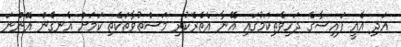
އަދި އެއީ ފައިސާގެ ދަހިވެތިކަމުގައި އޭނާ އެތެރެކުރި މަސްތުވާތަކެތި ކަމަށް އެނގެން އޮންނަ